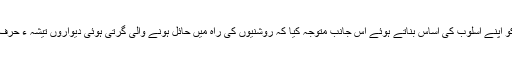
سید جعفر طاہر نے تاریخ کے مسلسل عمل کو اپنے اسلوب کی اساس بناتے ہوئے اس جانب متوجہ کیا کہ روشنیوں کی راہ میں حائل ہونے والی گرتی ہوئی دیواروں تیشہ ء حرف سے منہدم کرنا وقت کا اہم ترین تقاضا ہے۔